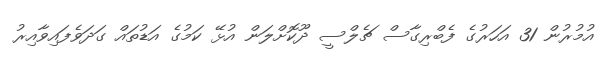
އުމުރުން 31 އަހަރުގެ ފެބްރިގާސް ޗެލްސީ ދޫކޮށްލަން އުޅޭ ކަމުގެ އަޑުތައް ގަދަވެފައިވާއިރު